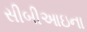
સીબીઆઇના